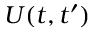
U ( t , t ^ { \prime } )